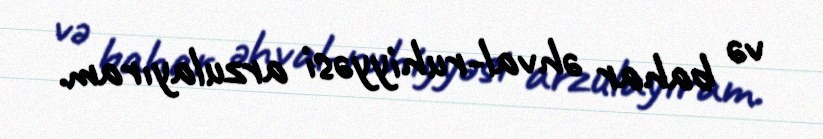
və bahar əhval-ruhiyyəsi arzulayıram.